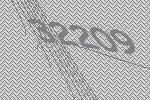
32209